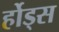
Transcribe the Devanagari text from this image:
र्होड्स